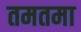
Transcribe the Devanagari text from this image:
तमतमा